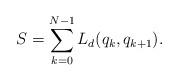
LaTeX: \begin{align*}S=\sum_{k=0}^{N-1} L_d(q_k,q_{k+1}).\end{align*}